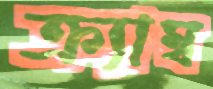
ক্র্যাম্ব